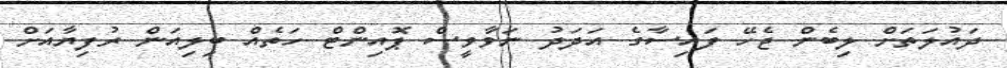
ދައުލަތަށް ލިބެން ޖެހޭ ފައިސާގެ އަދަދު ނަވާވީސް ޕޮއިންޓް ހަތެއް ބިލިއަން ރުފިޔާއަށް